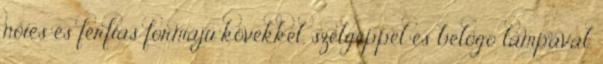
nőies és férfias formájú kövekkel, szélgéppel és belógó lámpával,